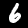
Digit: 6